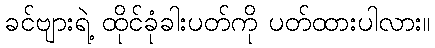
ခင်ဗျားရဲ့ ထိုင်ခုံခါးပတ်ကို ပတ်ထားပါလား။